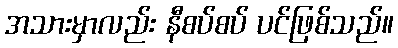
အသားမှာလည်း နီစပ်စပ် ပင်ဖြစ်သည်။